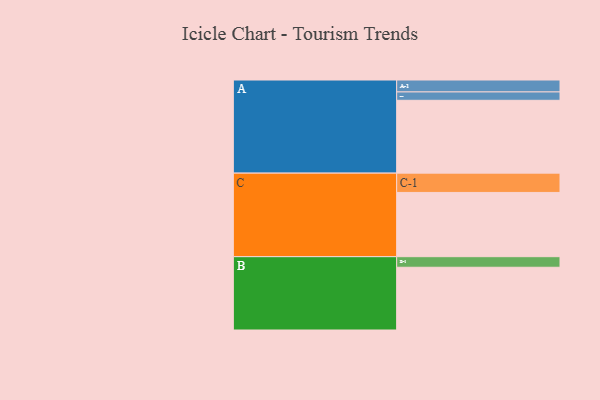
{"axis": {"x": "Segment", "y": "Value"}, "legend": ["", "A", "B", "C"], "data": [{"x": "A", "y": 592, "type": ""}, {"x": "B", "y": 510, "type": ""}, {"x": "C", "y": 522, "type": ""}, {"x": "A-1", "y": 97, "type": "A"}, {"x": "A-2", "y": 68, "type": "A"}, {"x": "B-1", "y": 86, "type": "B"}, {"x": "C-1", "y": 157, "type": "C"}]}